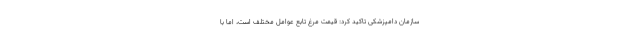
سازمان دامپزشکی تاکید کرد: قیمت مرغ تابع عوامل مختلف است، اما با